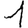
Digit: 1